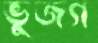
ভুজগ